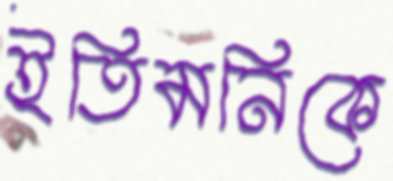
ইতিমনিকে